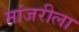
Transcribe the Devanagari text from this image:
मांजरीला